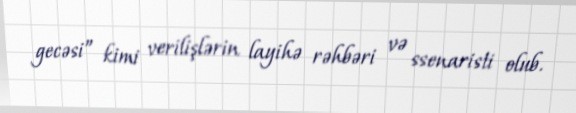
gecəsi” kimi verilişlərin layihə rəhbəri və ssenaristi olub.